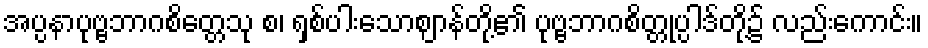
အပ္ပနာပုဗ္ဗဘာဂစိတ္တေသု စ၊ ရှစ်ပါးသောဈာန်တို့၏ ပုဗ္ဗဘာဂစိတ္တုပ္ပါဒ်တို့၌ လည်းကောင်း။